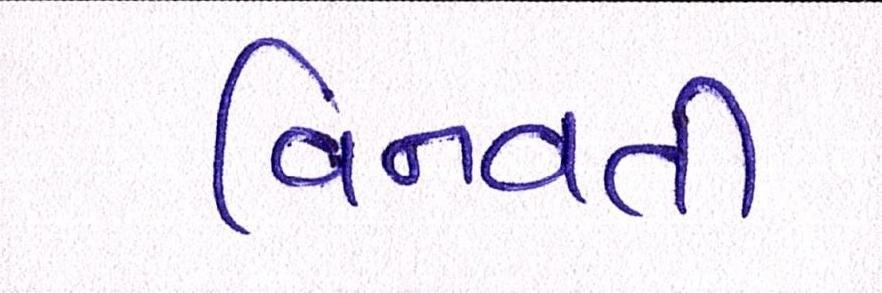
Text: વિનવતી